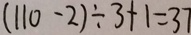
( 1 1 0 - 2 ) \div 3 + 1 = 3 7